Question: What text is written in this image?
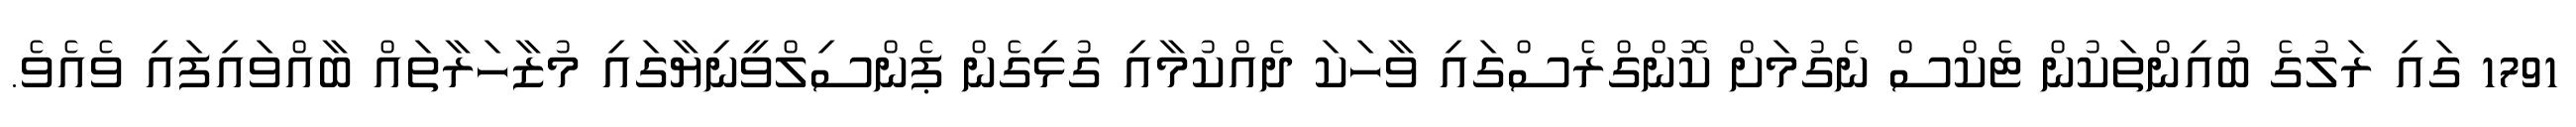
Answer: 1791 ގައި ރަލުގެ ބުއިންތަކުން ޓެކްސް ނެގުމަށް ކޮންގްރެސްގައި ވާހަކަ ދެއްކުމާއި ގުޅިގެން ޕެންސިލްވީނިޔާގައި މުޒާހަރާތައް ބާއްވައިފައި ވެއެވެ.